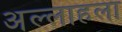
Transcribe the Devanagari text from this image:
अल्लाहला